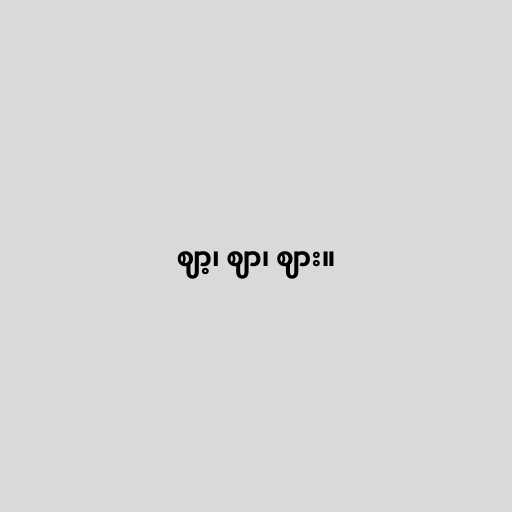
ဈာ့၊ ဈာ၊ ဈား။